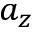
a _ { z }